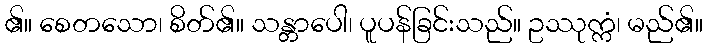
၏။ စေတသော၊ စိတ်၏။ သန္တာပေါ၊ ပူပန်ခြင်းသည်။ ဥဿုက္ကံ၊ မည်၏။